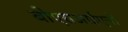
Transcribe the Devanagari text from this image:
बीएसआईएजी